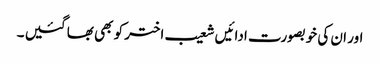
اور ان کی خوبصورت ادائیں شعیب اختر کو بھی بھا گئیں ۔